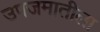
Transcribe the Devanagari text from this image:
उपजमातीला